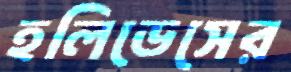
হলিডেসের